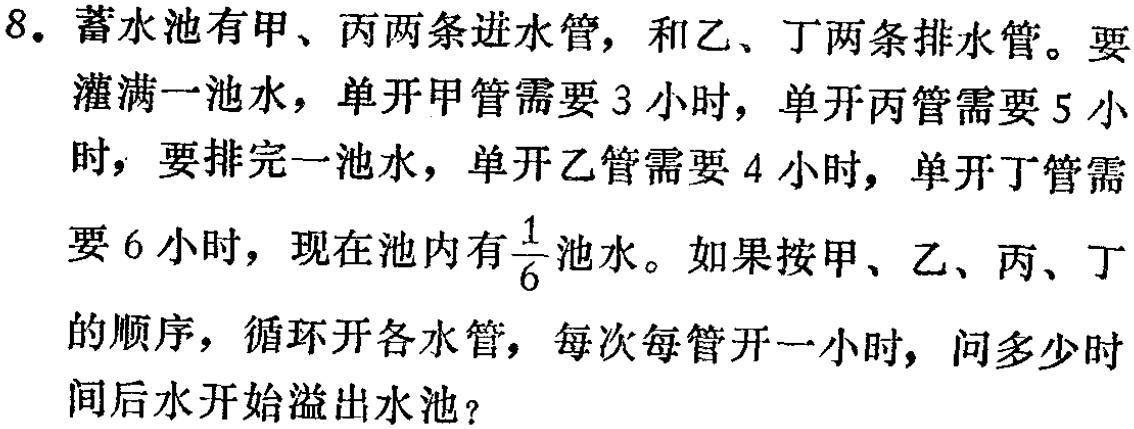
8. 蓄水池有甲、丙两条进水管，和乙、丁两条排水管。要灌满一池水，单开甲管需要3小时，单开丙管需要5小时，要排完一池水，单开乙管需要4小时，单开丁管需要6小时，现在池内有$\frac{1}{6}$池水。如果按甲、乙、丙、丁的顺序，循环开各水管，每次每管开一小时，问多少时间后水开始溢出水池？